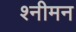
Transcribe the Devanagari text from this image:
श्नीमन